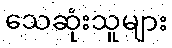
သေဆုံးသူများ